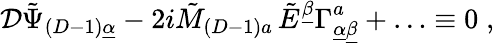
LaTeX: {\cal D}\tilde{\Psi}_{(D-1)\underline{{{\alpha}}}}-2i\tilde{M}_{(D-1)a}\, \tilde{E}^{\underline{{{\beta}}}}\Gamma_{\underline{{{\alpha}}}\underline{{{\beta}}}}^{a}+\ldots\equiv 0\; ,